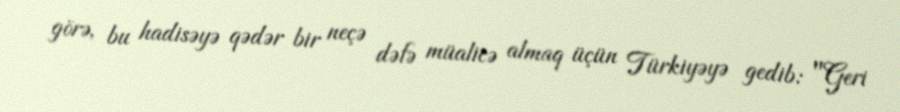
görə, bu hadisəyə qədər bir neçə dəfə müalicə almaq üçün Türkiyəyə gedib: "Geri